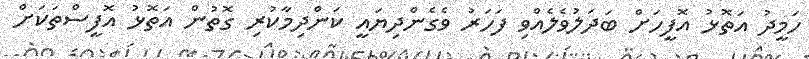
ހަމީދު އަތޮޅު އޮފީހަށް ބަދަލުވެލެއްވި ފަހަރު ވެގެންދިޔައީ ކަންދިމާކުރި ގޮތުން އަތޮޅު އޮފީސްތަކަށް